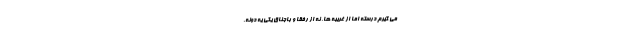
می­ گیرم درسته اما از غریبه­ ها، نه از رفقا و باجناق یکی یه دونه.